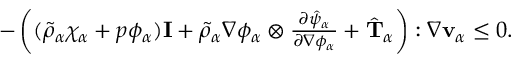
\begin{array} { r } { - \left( ( \tilde { \rho } _ { \alpha } \chi _ { \alpha } + p \phi _ { \alpha } ) \mathbf { I } + \tilde { \rho } _ { \alpha } \nabla \phi _ { \alpha } \otimes \frac { \partial \hat { \psi } _ { \alpha } } { \partial \nabla \phi _ { \alpha } } + \hat { \mathbf { T } } _ { \alpha } \right) : \nabla \mathbf { v } _ { \alpha } \leq 0 . } \end{array}